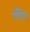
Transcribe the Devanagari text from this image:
खेचुन